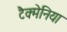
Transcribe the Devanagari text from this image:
टैक्मेनिया